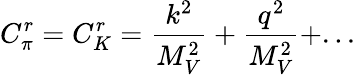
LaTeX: C_{\pi}^{r}=C_{K}^{r}={\frac{k^{2}}{M_{V}^{2}}}+{\frac{q^{2}}{M_{V}^{2}}}+...